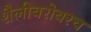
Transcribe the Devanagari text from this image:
शैलीबरोबरच